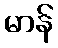
မာန်